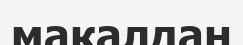
мақалдан